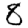
Digit: 8